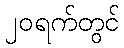
၂၀ရက်တွင်